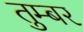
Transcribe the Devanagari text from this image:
तुम्बर